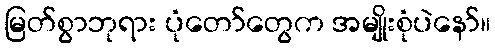
မြတ်စွာဘုရား ပုံတော်တွေက အမျိုးစုံပဲနော်။